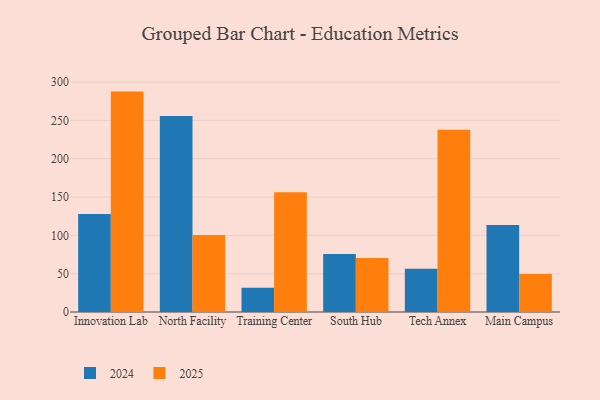
{"axis": {"x": "Campus", "y": "Waste Production (Tons)"}, "legend": ["2024", "2025"], "data": [{"x": "Innovation Lab", "y": 128.0, "type": "2024"}, {"x": "Innovation Lab", "y": 287.6, "type": "2025"}, {"x": "North Facility", "y": 255.8, "type": "2024"}, {"x": "North Facility", "y": 100.6, "type": "2025"}, {"x": "Training Center", "y": 31.6, "type": "2024"}, {"x": "Training Center", "y": 156.3, "type": "2025"}, {"x": "South Hub", "y": 75.8, "type": "2024"}, {"x": "South Hub", "y": 70.5, "type": "2025"}, {"x": "Tech Annex", "y": 56.3, "type": "2024"}, {"x": "Tech Annex", "y": 237.7, "type": "2025"}, {"x": "Main Campus", "y": 113.6, "type": "2024"}, {"x": "Main Campus", "y": 49.6, "type": "2025"}]}